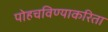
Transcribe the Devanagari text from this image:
पोहचविण्याकरिता